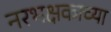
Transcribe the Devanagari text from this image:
नरभक्षकाच्या